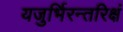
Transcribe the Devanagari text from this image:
यजुर्भिरन्तरिक्षं